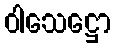
ဝါသေဋ္ဌော